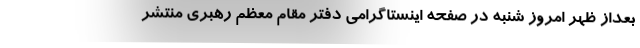
بعداز ظهر امروز شنبه در صفحه اینستاگرامی دفتر مقام معظم رهبری منتشر